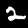
Digit: 2